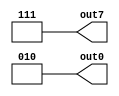
module Producer7(out7,out0);
output reg [2:0] out7;
output reg [2:0] out0;




always 
begin 
	out7<=3'd7;
	out0<=3'd2;
end



endmodule